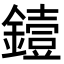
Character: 𬬅